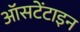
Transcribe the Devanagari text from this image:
ऑसटेंटाइन